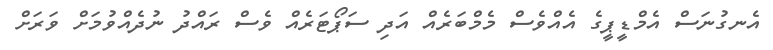
އެނގުނަސް އެމްޑީޕީގެ އެއްވެސް މެމްބަރެއް އަދި ސަޕޯޓަރެއް ވެސް ރައްދު ނުދެއްވުމަށް ވަރަށް